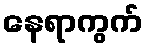
နေရာကွက်